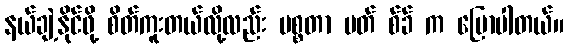
နယ်ချဲ့နိုင်ဖို့ စိတ်ကူးတယ်လို့လည်း မစ္စတာ မတ် စ်ခ် က ပြောပါတယ်။